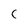
Character: C